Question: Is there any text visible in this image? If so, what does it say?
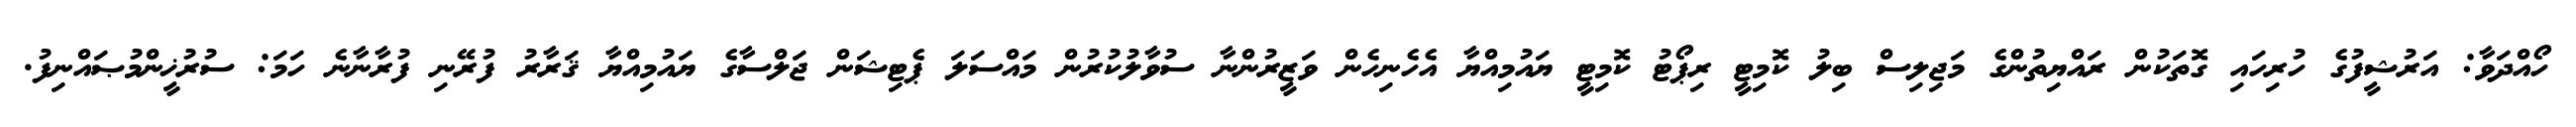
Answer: ހޯއްދަވާ: އަރުޝީފުގެ ހުރިހައި ގޮތަކުން ރައްޔިތުންގެ މަޖިލިސް ބިލު ކޮމިޓީ ރިޕޯޓު ކޮމިޓީ ޔައުމިއްޔާ އެހެނިހެން ވަޒީރުންނާ ސުވާލުކުރުން މައްސަލަ ޕެޓިޝަން ޖަލްސާގެ ޔައުމިއްޔާ ޤަރާރު ފުރޭނި ފުރާނާނެ ހަމަ: ސުރުޚީންމުޞައްނިފު.